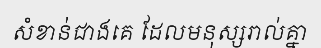
សំខាន់ជាងគេ ដែលមនុស្សរាល់គ្នា